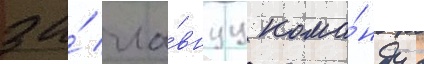
за́ гла́внуу кома́нду с